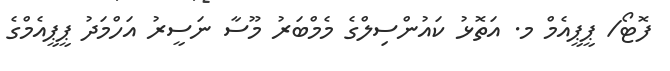
ފޮޓޯ/ ޕީޕީއެމް މ. އަތޮޅު ކައުންސިލްގެ މެމްބަރު މޫސާ ނަސީރު އަހްމަދު ޕީޕީއެމްގެ